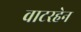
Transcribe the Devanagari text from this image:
वाटरहेन